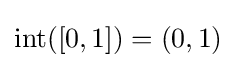
\operatorname {int} ([0,1])=(0,1)